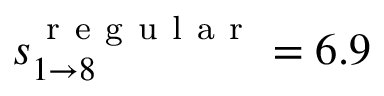
s _ { 1 \rightarrow 8 } ^ { \mathrm { ~ r ~ e ~ g ~ u ~ l ~ a ~ r ~ } } = 6 . 9